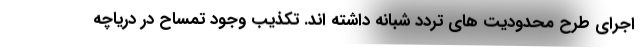
اجرای طرح محدودیت های تردد شبانه داشته اند. تکذیب وجود تمساح در دریاچه